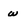
Character: w